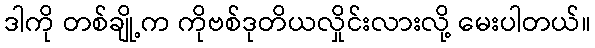
ဒါကို တစ်ချို့က ကိုဗစ်ဒုတိယလှိုင်းလားလို့ မေးပါတယ်။